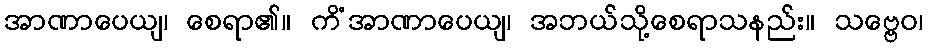
အာဏာပေယျ၊ စေရာ၏။ ကိံအာဏာပေယျ၊ အဘယ်သို့စေရာသနည်း။ သဗ္ဗေဝ၊